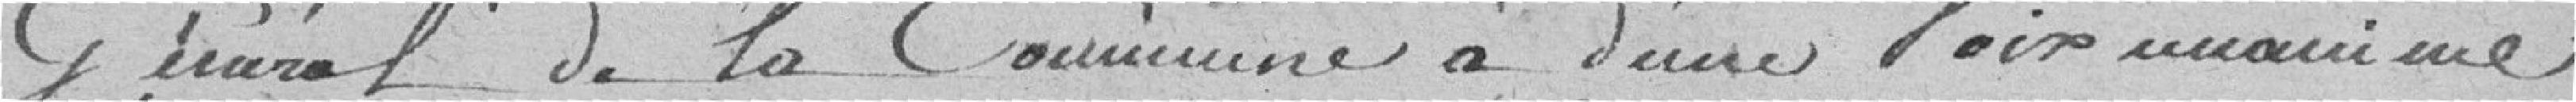
général de la commune a d'une voix unanime